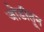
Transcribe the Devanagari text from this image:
जोडीतून